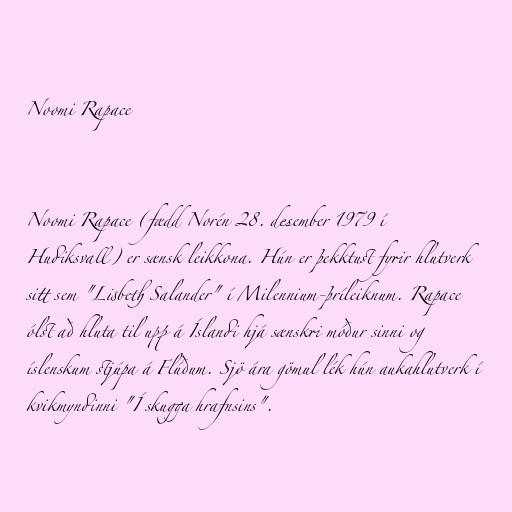
Noomi Rapace

Noomi Rapace (fædd Norén 28. desember 1979 í
Hudiksvall) er sænsk leikkona. Hún er þekktust fyrir hlutverk
sitt sem "Lisbeth Salander" í Milennium-þríleiknum. Rapace
ólst að hluta til upp á Íslandi hjá sænskri móður sinni og
íslenskum stjúpa á Flúðum. Sjö ára gömul lék hún aukahlutverk í
kvikmyndinni "Í skugga hrafnsins".